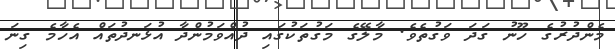
މެންދުރުގެ ހޫނު ގަދަ ވަގުތެވެ. މާލޭގެ މަގުތަކުގައި ދުއްވަމުންދާ އުޅަނދުތައް އެހާމެ ގިނަ